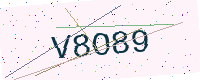
Text: V8O89